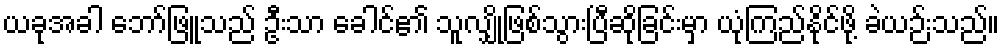
ယခုအခါ ဘော်ဖြူသည် ဦးသာ ခေါင်၏ သူလျှိုဖြစ်သွားပြီဆိုခြင်းမှာ ယုံကြည်နိုင်ဖို့ ခဲယဉ်းသည်။